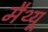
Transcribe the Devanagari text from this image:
मैथ्‍यू